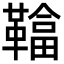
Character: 𩌼